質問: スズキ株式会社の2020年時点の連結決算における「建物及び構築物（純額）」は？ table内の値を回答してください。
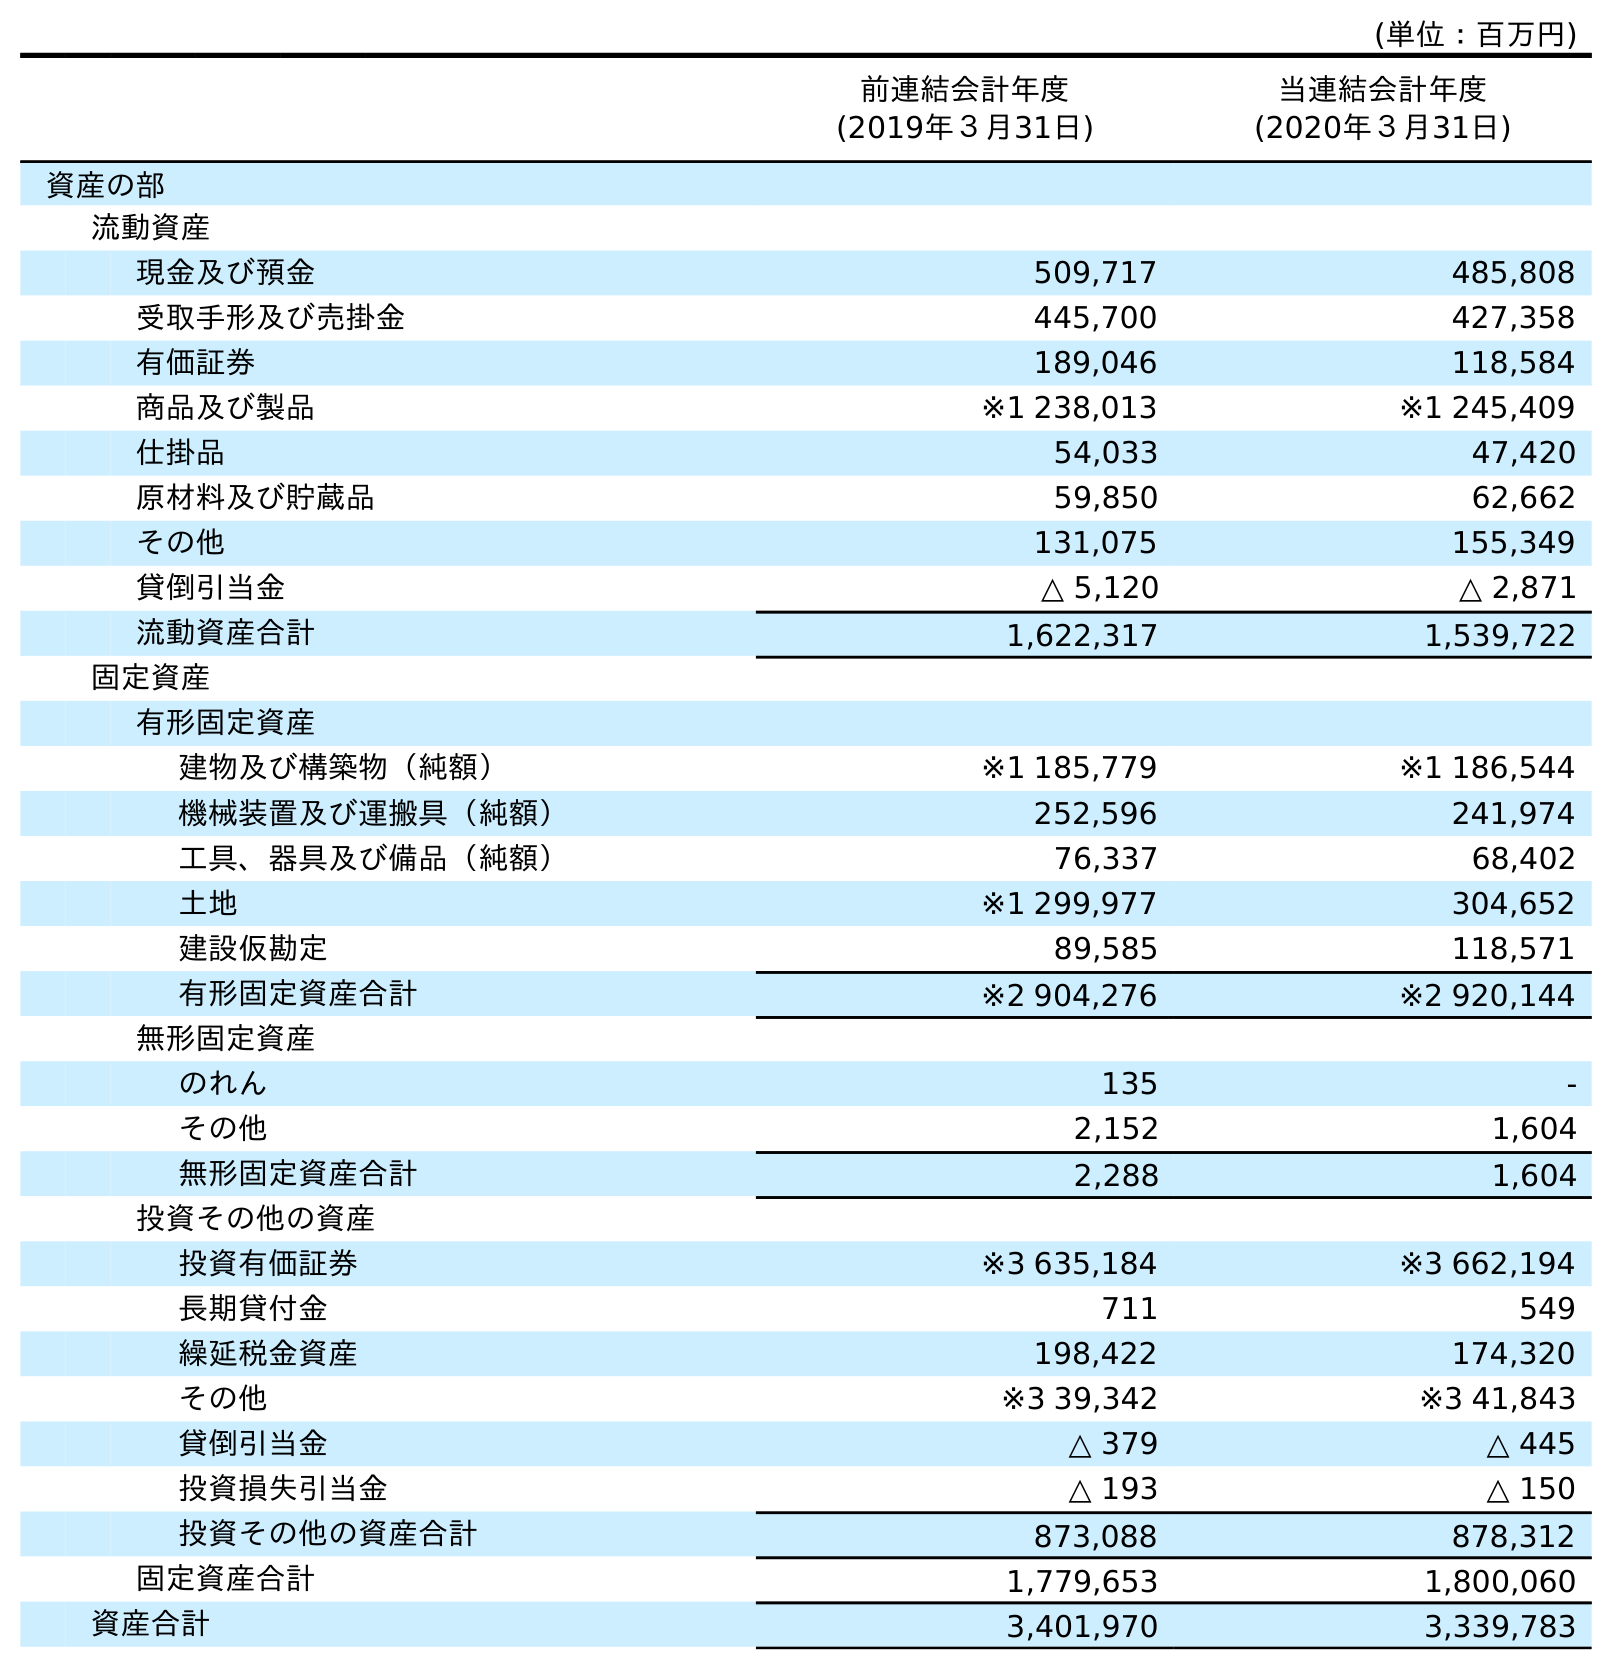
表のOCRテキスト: (単位：百万円) 前連結会計年度 (2019年３月31日) 当連結会計年度 (2020年３月31日) 資産の部 流動資産 現金及び預金 509,717 485,808 受取手形及び売掛金 445,700 427,358 有価証券 189,046 118,584 商品及び製品 ※1 238,013 ※1 245,409 仕掛品 54,033 47,420 原材料及び貯蔵品 59,850 62,662 その他 131,075 155,349 貸倒引当金 △ 5,120 △ 2,871 流動資産合計 1,622,317 1,539,722 固定資産 有形固定資産 建物及び構築物（純額） ※1 185,779 ※1 186,544 機械装置及び運搬具（純額） 252,596 241,974 工具、器具及び備品（純額） 76,337 68,402 土地 ※1 299,977 304,652 建設仮勘定 89,585 118,571 有形固定資産合計 ※2 904,276 ※2 920,144 無形固定資産 のれん 135 - その他 2,152 1,604 無形固定資産合計 2,288 1,604 投資その他の資産 投資有価証券 ※3 635,184 ※3 662,194 長期貸付金 711 549 繰延税金資産 198,422 174,320 その他 ※3 39,342 ※3 41,843 貸倒引当金 △ 379 △ 445 投資損失引当金 △ 193 △ 150 投資その他の資産合計 873,088 878,312 固定資産合計 1,779,653 1,800,060 資産合計 3,401,970 3,339,783
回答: ※1186,544